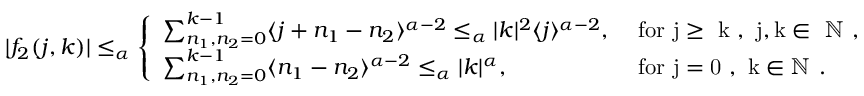
\begin{array} { r } { | f _ { 2 } ( j , k ) | \le _ { \alpha } \left\{ \begin{array} { l l } { \sum _ { n _ { 1 } , n _ { 2 } = 0 } ^ { k - 1 } \langle j + n _ { 1 } - n _ { 2 } \rangle ^ { \alpha - 2 } \le _ { \alpha } | k | ^ { 2 } \langle j \rangle ^ { \alpha - 2 } , } & { \mathrm { ~ f o r ~ j \ge ~ k ~ , ~ j , k \in ~ \mathbb { N } ~ , } } \\ { \sum _ { n _ { 1 } , n _ { 2 } = 0 } ^ { k - 1 } \langle n _ { 1 } - n _ { 2 } \rangle ^ { \alpha - 2 } \le _ { \alpha } | k | ^ { \alpha } , } & { \mathrm { ~ f o r ~ j = 0 ~ , ~ k \in \mathbb { N } ~ . } } \end{array} \right. } \end{array}